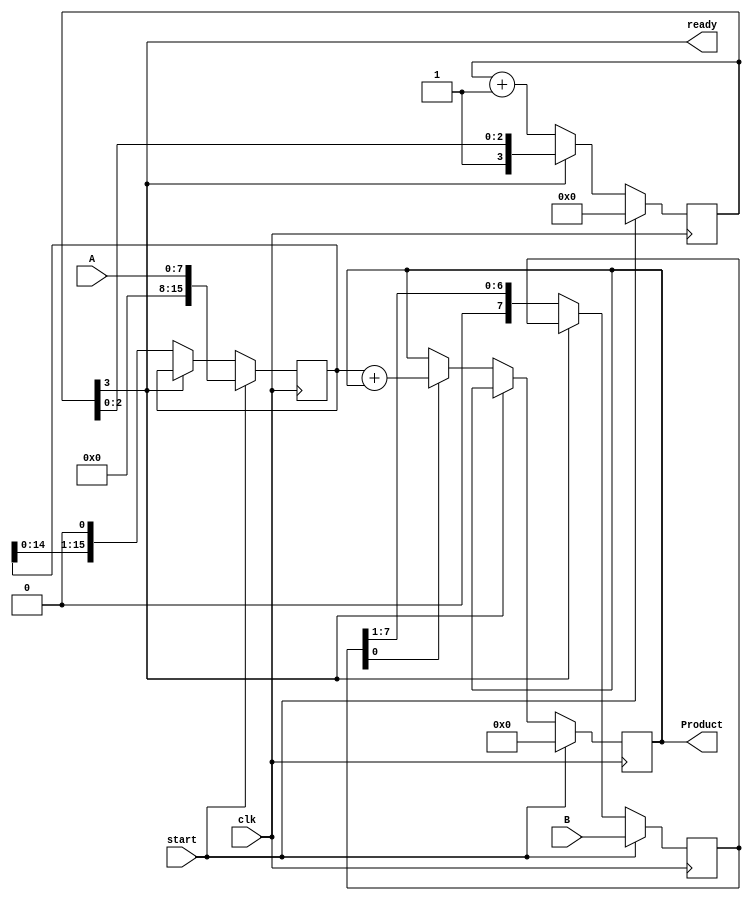
//MELIKA RAJABI 99101608 LAB_1.1
//----------------------------- Initializing the time unit
`timescale 1ns/1ns
//------------------------------------------------------

module multiplier1 (
//----------------------- Port directions and deceleration
   input clk,  
   input start,
   input [7:0] A, 
   input [7:0] B, 
   output reg [15:0] Product,
   output ready
   );
//------------------------------------------------------

//---------------------------------- Register deceleration
   reg [15:0] Multiplicand ;
   reg [7:0]  Multiplier;
   reg [3:0]  counter;
//-------------------------------------------------------

//------------------------------------- Wire deceleration
   wire product_write_enable;
   wire [15:0] adder_output;
//-------------------------------------------------------

//------------------------------------ Combinational logic
   assign adder_output = Multiplicand + Product;
   assign product_write_enable = Multiplier[0];
   assign ready = counter[3];
//-------------------------------------------------------

//--------------------------------------- Sequential Logic
   always @ (posedge clk)

      if(start) begin   

         counter <= 4'h0 ;
         Multiplier <= B;
         Product <= 16'h0000;
         Multiplicand <= {8'h00, A} ;

      end
   
      else if(!ready) begin

         counter <= counter + 1;
         Multiplier <= Multiplier >> 1;
         Multiplicand <= Multiplicand << 1;

         if(product_write_enable)
            Product <= adder_output;
         //Control   
   
      end   

endmodule